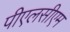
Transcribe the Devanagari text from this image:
पीएलसीएम